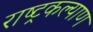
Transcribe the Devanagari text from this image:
राष्ट्रकल्याण